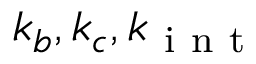
k _ { b } , k _ { c } , k _ { \mathrm { ~ i ~ n ~ t ~ } }